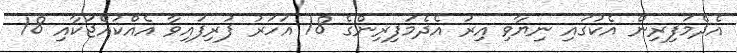
އެދެމަފިރިން އެކުގައި ނިޔާވި އިރު އެދެމަފިރިންގެ 18 އަހަރު ފުރިފައިވާ އެއްކުއްޖަކާއި 18